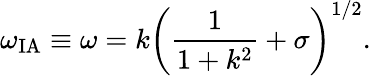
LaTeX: \omega_{\textrm{IA}}\equiv\omega=k\left(\frac{1}{1+k^{2}}+\sigma\right)^{1/2}.